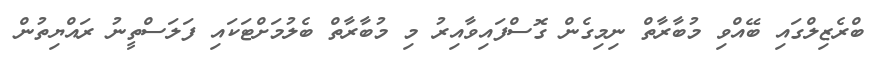
ބްރެޒިލްގައި ބޭއްވި މުބާރާތް ނިމިގެން ގޮސްފައިވާއިރު މި މުބާރާތް ބެލުމަށްޓަކައި ފަލަސްތީނު ރައްޔިތުން